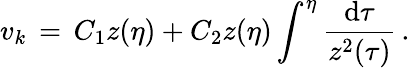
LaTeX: v_{k}\, =\, C_{1}z(\eta)+C_{2}z(\eta)\int^{\eta}\frac{\mathrm{d}\tau}{z^{2}(\tau)}\, .